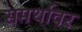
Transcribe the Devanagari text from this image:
समर्थावर